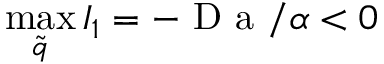
\operatorname* { m a x } _ { \tilde { q } } { I _ { 1 } } = - \mathrm { ~ D ~ a ~ } / \alpha < 0